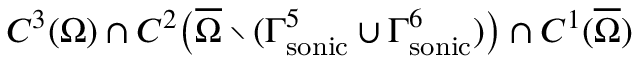
C ^ { 3 } ( \Omega ) \cap C ^ { 2 } \big ( \overline { { \Omega } } \setminus ( \Gamma _ { \mathrm { { s o n i c } } } ^ { 5 } \cup \Gamma _ { \mathrm { { s o n i c } } } ^ { 6 } ) \big ) \cap C ^ { 1 } ( \overline { { \Omega } } )